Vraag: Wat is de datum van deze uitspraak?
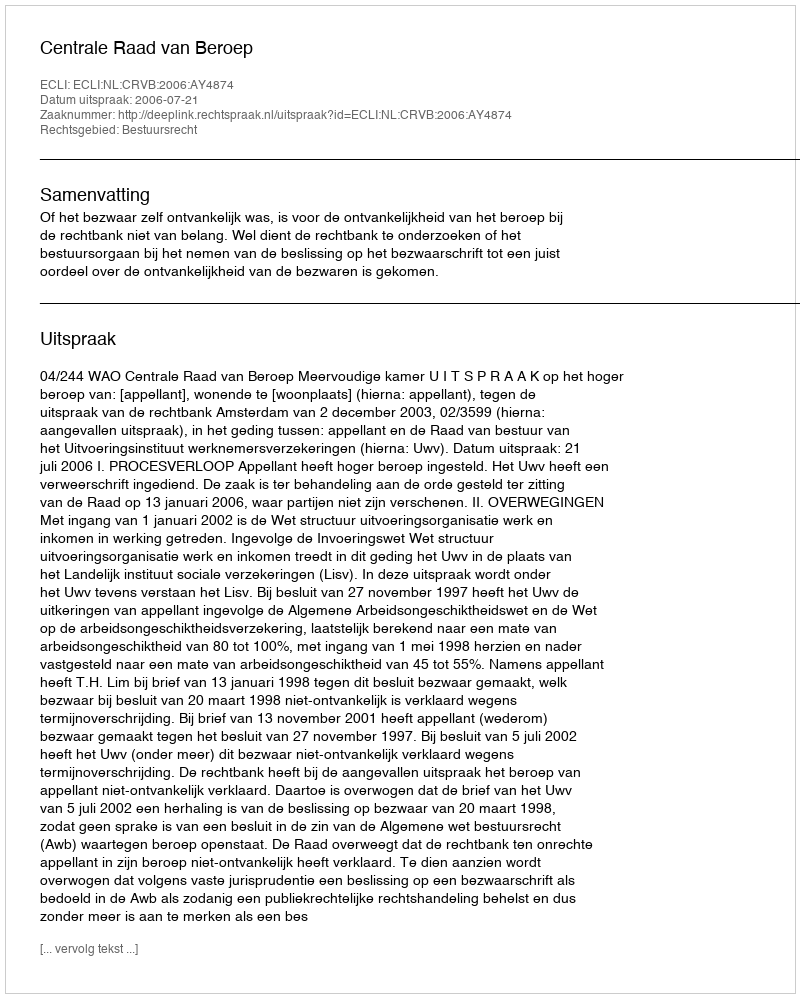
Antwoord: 2006-07-21